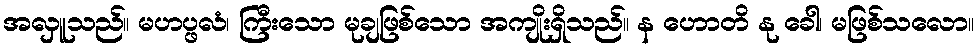
အလှူသည်။ မဟပ္ဖလံ၊ ကြီးသော မုချဖြစ်သော အကျိုးရှိသည်။ န ဟောတိ နု ခေါ၊ မဖြစ်သလော။